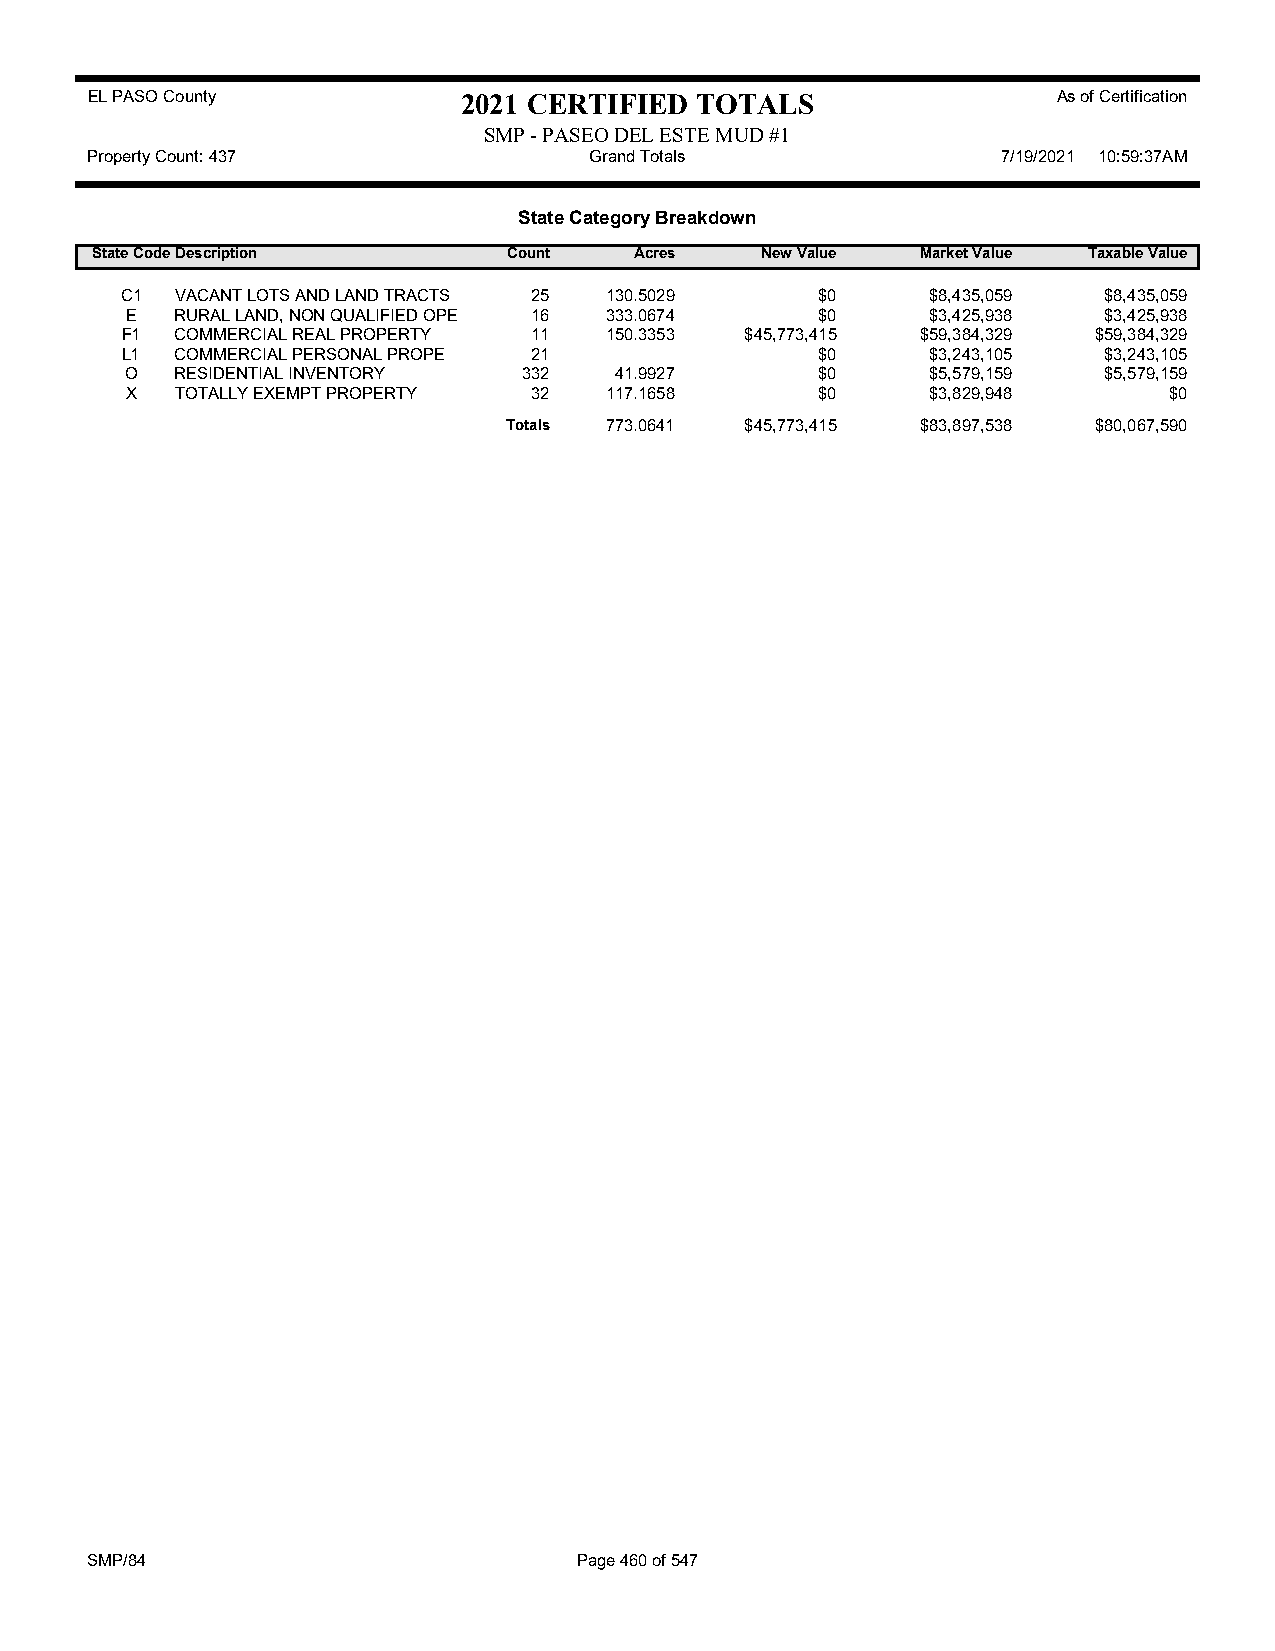
EL PASO County           2021 CERTIFIED TOTALS                  As of Certification
 SMP - PASEO DEL ESTE MUD #1
 Property Count: 437              Grand Totals               7/19/2021 10:59:37AM
 State Category Breakdown
 State CodeDescription       Count   Acres   New Value  Market Value Taxable Value
 C1  VACANT LOTS AND LAND TRACTS 25 130.5029   $0      $8,435,059 $8,435,059
 E   RURAL LAND, NON QUALIFIED OPE 16 333.0674 $0      $3,425,938 $3,425,938
 F1  COMMERCIAL REAL PROPERTY 11 150.3353 $45,773,415 $59,384,329 $59,384,329
 L1  COMMERCIAL PERSONAL PROPE 21              $0      $3,243,105 $3,243,105
 O   RESIDENTIAL INVENTORY  332   41.9927      $0      $5,579,159 $5,579,159
 X   TOTALLY EXEMPT PROPERTY 32  117.1658      $0      $3,829,948     $0
 Totals 773.0641 $45,773,415 $83,897,538 $80,067,590
 SMP/84                          Page 460 of 547